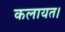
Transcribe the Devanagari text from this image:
कलायत।